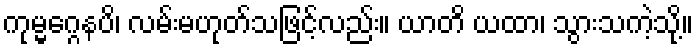
ကုမ္မဂ္ဂေနပိ၊ လမ်းမဟုတ်သဖြင့်လည်း။ ယာတိ ယထာ၊ သွားသကဲ့သို့။